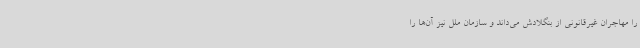
را مهاجران غیرقانونی از بنگلادش می‌داند و سازمان ملل نیز آن‌ها را